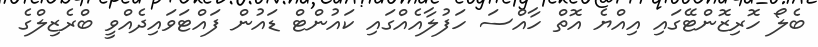
ބެލޯ ހޮރިޒޮންޓޭގައި އިއްޔެ އޮތް ހާއްސަ ހަފުލާއެއްގައި ކައުންޓް ޑައުން ފައްޓަވައިދެއްވީ ބްރެޒިލްގެ